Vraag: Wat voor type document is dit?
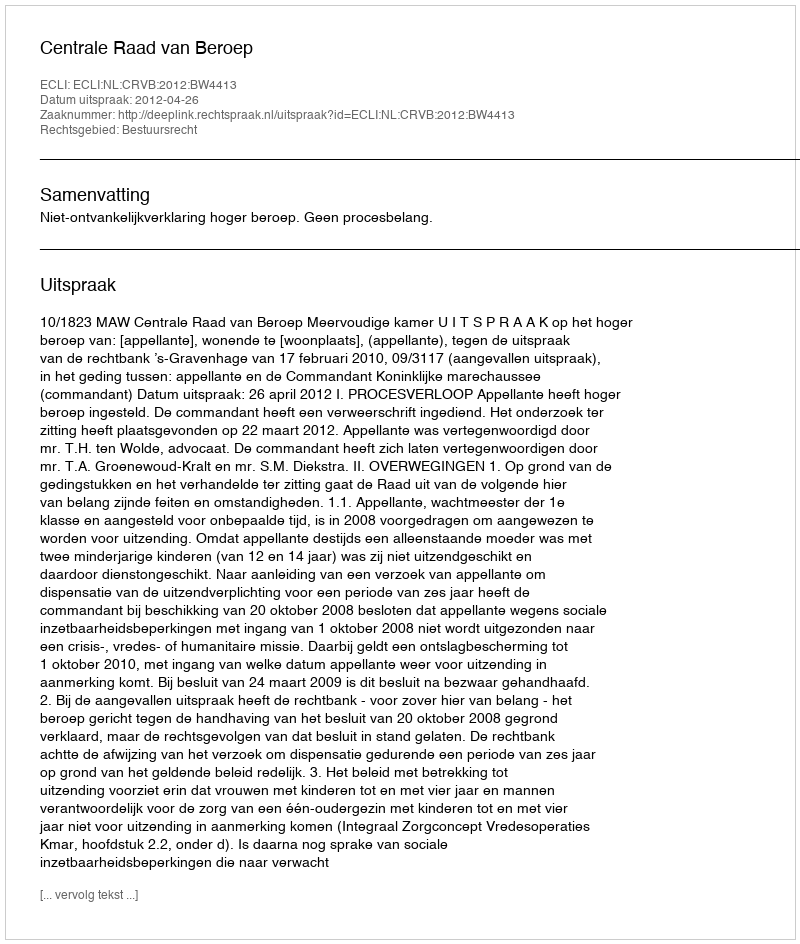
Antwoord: Uitspraak